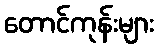
တောင်ကုန်းများ